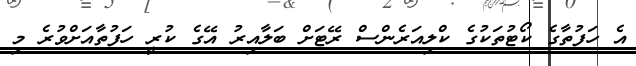
އެ ހަފުތާގެ ކޯޓުތަކުގެ ކްލިއަރެންސް ރޭޓަށް ބަލާއިރު އޭގެ ކުރީ ހަފުތާއަށްވުރެ މި